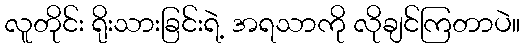
လူတိုင်း ရိုးသားခြင်းရဲ့ အရသာကို လိုချင်ကြတာပဲ။